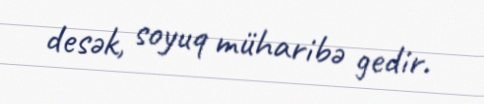
desək, soyuq müharibə gedir.